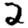
Digit: 2